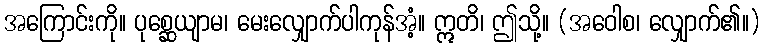
အကြောင်းကို။ ပုစ္ဆေယျာမ၊ မေးလျှောက်ပါကုန်အံ့။ ဣတိ၊ ဤသို့။ (အဝေါစ၊ လျှောက်၏။)